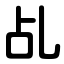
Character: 乩